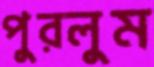
পুরলুম